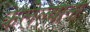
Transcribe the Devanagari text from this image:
केलेल्याना